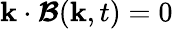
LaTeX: \boldsymbol{\mathbf{k}}\cdot\boldsymbol{\mathcal{{B}}}(\boldsymbol{\mathbf{k}},t)=0